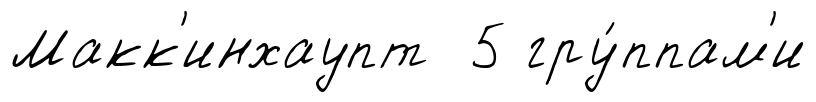
Макк'инхаупт 5 гру́ппам'и